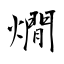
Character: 燗